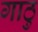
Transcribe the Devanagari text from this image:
गाठु